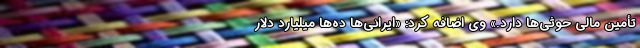
تأمین مالی حوثی‌ها دارد.» وی اضافه کرد: «ایرانی‌ها ده‌ها میلیارد دلار